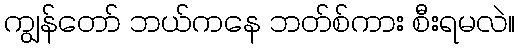
ကျွန်တော် ဘယ်ကနေ ဘတ်စ်ကား စီးရမလဲ။